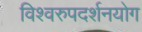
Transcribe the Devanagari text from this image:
विश्वरुपदर्शनयोग